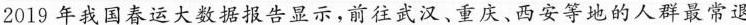
2019年我国春运大数据报告显示，前往武汉、重庆、西安等地的人群最常退